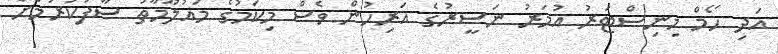
އަދި ހޯމް މިނިސްޓަރު އުމަރު ނަސީރުގެ އަރިހުން ވެސް މިކަމުގެ މައުލޫމާތު ސާފުކުރުމަށް